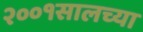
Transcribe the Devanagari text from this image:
२००१सालच्या